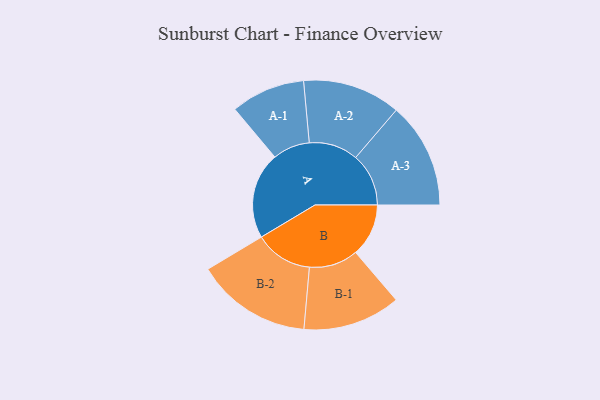
{"axis": {"x": "Segment", "y": "Value"}, "legend": ["", "A", "B"], "data": [{"x": "A", "y": 406, "type": ""}, {"x": "B", "y": 248, "type": ""}, {"x": "A-1", "y": 174, "type": "A"}, {"x": "A-2", "y": 230, "type": "A"}, {"x": "A-3", "y": 248, "type": "A"}, {"x": "B-1", "y": 229, "type": "B"}, {"x": "B-2", "y": 271, "type": "B"}]}